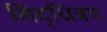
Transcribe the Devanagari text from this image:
सिद्धित्रय